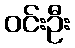
ဝင်းဦး